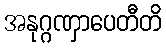
အနုဂ္ဂဏှာပေတီတိ